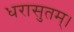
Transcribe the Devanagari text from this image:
धरासुतम्।